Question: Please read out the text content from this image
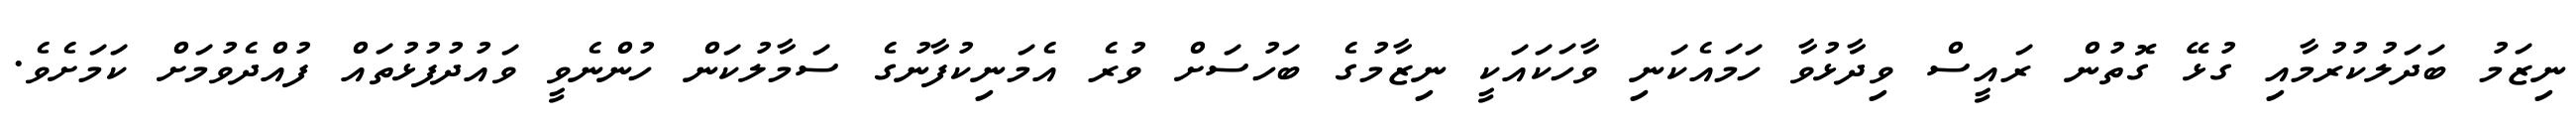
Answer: ނިޒަމު ބަދަލުކުރުމާއި ގުޅޭ ގޮތުން ރައީސް ވިދާޅުވާ ހަމައެކަނި ވާހަކައަކީ ނިޒާމުގެ ބަހުސަށް ވުރެ އެމަނިކުފާނުގެ ސަމާލުކަން ހުންނެވީ ވައުދުފުޅުތައް ފުއްދެވުމަށް ކަމަށެވެ.